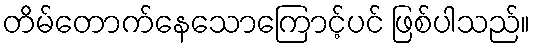
တိမ်တောက်နေသောကြောင့်ပင် ဖြစ်ပါသည်။